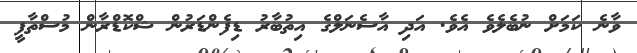
ވާނެ ކަމަށް ނުބެލެވެ އެވެ. އަދި އާސެނަލްގެ އިތުބާރު ޑިފެންޑަރުން ޝްކޮޑްރާން މުސްތާފީ